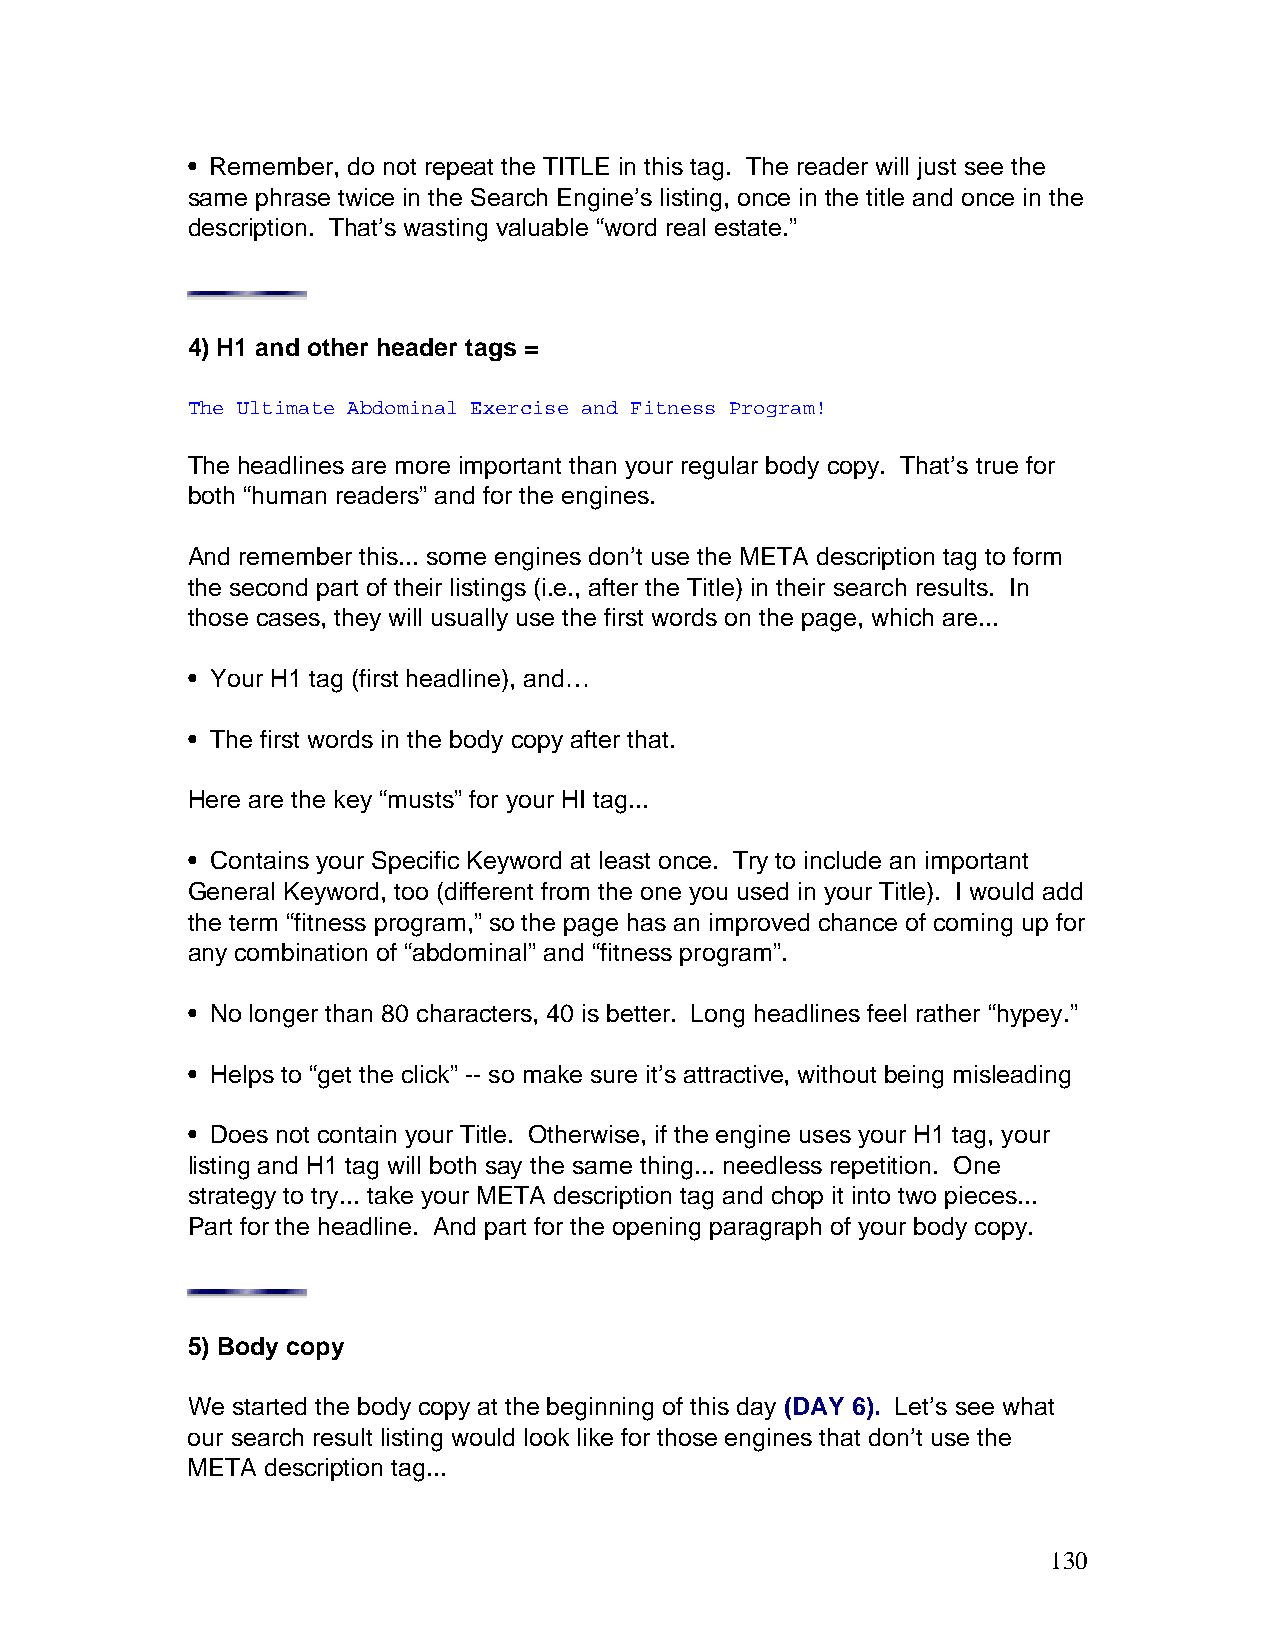
• Remember, do not repeat the TITLE in this tag. The reader will just see the
 same phrase twice in the Search Engine’s listing, once in the title and once in the
 description. That’s wasting valuable “word real estate.”
 4) H1 and other header tags =
 The Ultimate Abdominal Exercise and Fitness Program!
 The headlines are more important than your regular body copy. That’s true for
 both “human readers” and for the engines.
 And remember this... some engines don’t use the META description tag to form
 the second part of their listings (i.e., after the Title) in their search results. In
 those cases, they will usually use the first words on the page, which are...
 • Your H1 tag (first headline), and…
 • The first words in the body copy after that.
 Here are the key “musts” for your HI tag...
 • Contains your Specific Keyword at least once. Try to include an important
 General Keyword, too (different from the one you used in your Title). I would add
 the term “fitness program,” so the page has an improved chance of coming up for
 any combination of “abdominal” and “fitness program”.
 • No longer than 80 characters, 40 is better. Long headlines feel rather “hypey.”
 • Helps to “get the click” -- so make sure it’s attractive, without being misleading
 • Does not contain your Title. Otherwise, if the engine uses your H1 tag, your
 listing and H1 tag will both say the same thing... needless repetition. One
 strategy to try... take your META description tag and chop it into two pieces...
 Part for the headline. And part for the opening paragraph of your body copy.
 5) Body copy
 We started the body copy at the beginning of this day (DAY 6). Let’s see what
 our search result listing would look like for those engines that don’t use the
 META description tag...
 130